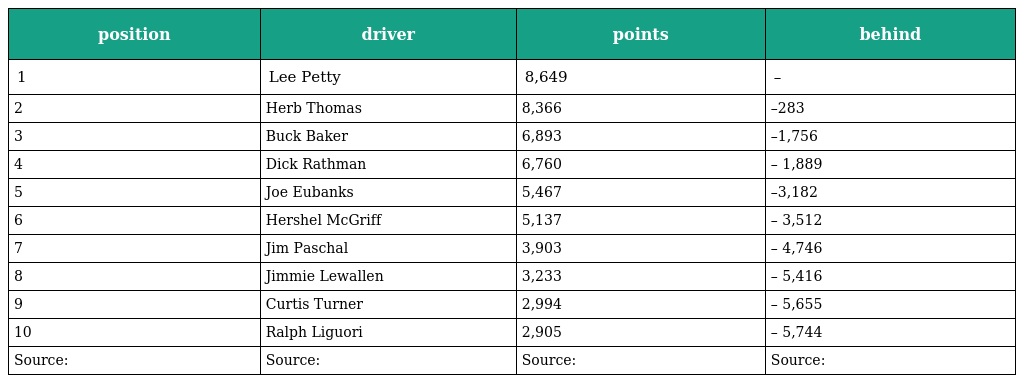
| position | driver | points | behind |
 | --- | --- | --- | --- |
 | 1 | Lee Petty | 8,649 | – |
 | 2 | Herb Thomas | 8,366 | –283 |
 | 3 | Buck Baker | 6,893 | –1,756 |
 | 4 | Dick Rathman | 6,760 | – 1,889 |
 | 5 | Joe Eubanks | 5,467 | –3,182 |
 | 6 | Hershel McGriff | 5,137 | – 3,512 |
 | 7 | Jim Paschal | 3,903 | – 4,746 |
 | 8 | Jimmie Lewallen | 3,233 | – 5,416 |
 | 9 | Curtis Turner | 2,994 | – 5,655 |
 | 10 | Ralph Liguori | 2,905 | – 5,744 |
 | Source: | Source: | Source: | Source: |